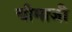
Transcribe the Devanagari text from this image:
चीमाजी